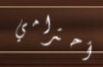
أحترامي